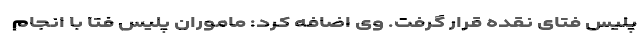
پلیس فتای نقده قرار گرفت. وی اضافه کرد: ماموران پلیس فتا با انجام